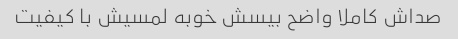
صداش کاملا واضح بیسش خوبه لمسیش با کیفیت